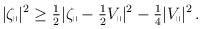
LaTeX: \begin{align*} \begin{aligned} |\zeta_\shortparallel|^2 \geq \tfrac{1}{2} |\zeta_\shortparallel - \tfrac{1}{2} V_\shortparallel|^2 - \tfrac{1}{4} |V_\shortparallel|^2 \,. \end{aligned} \end{align*}